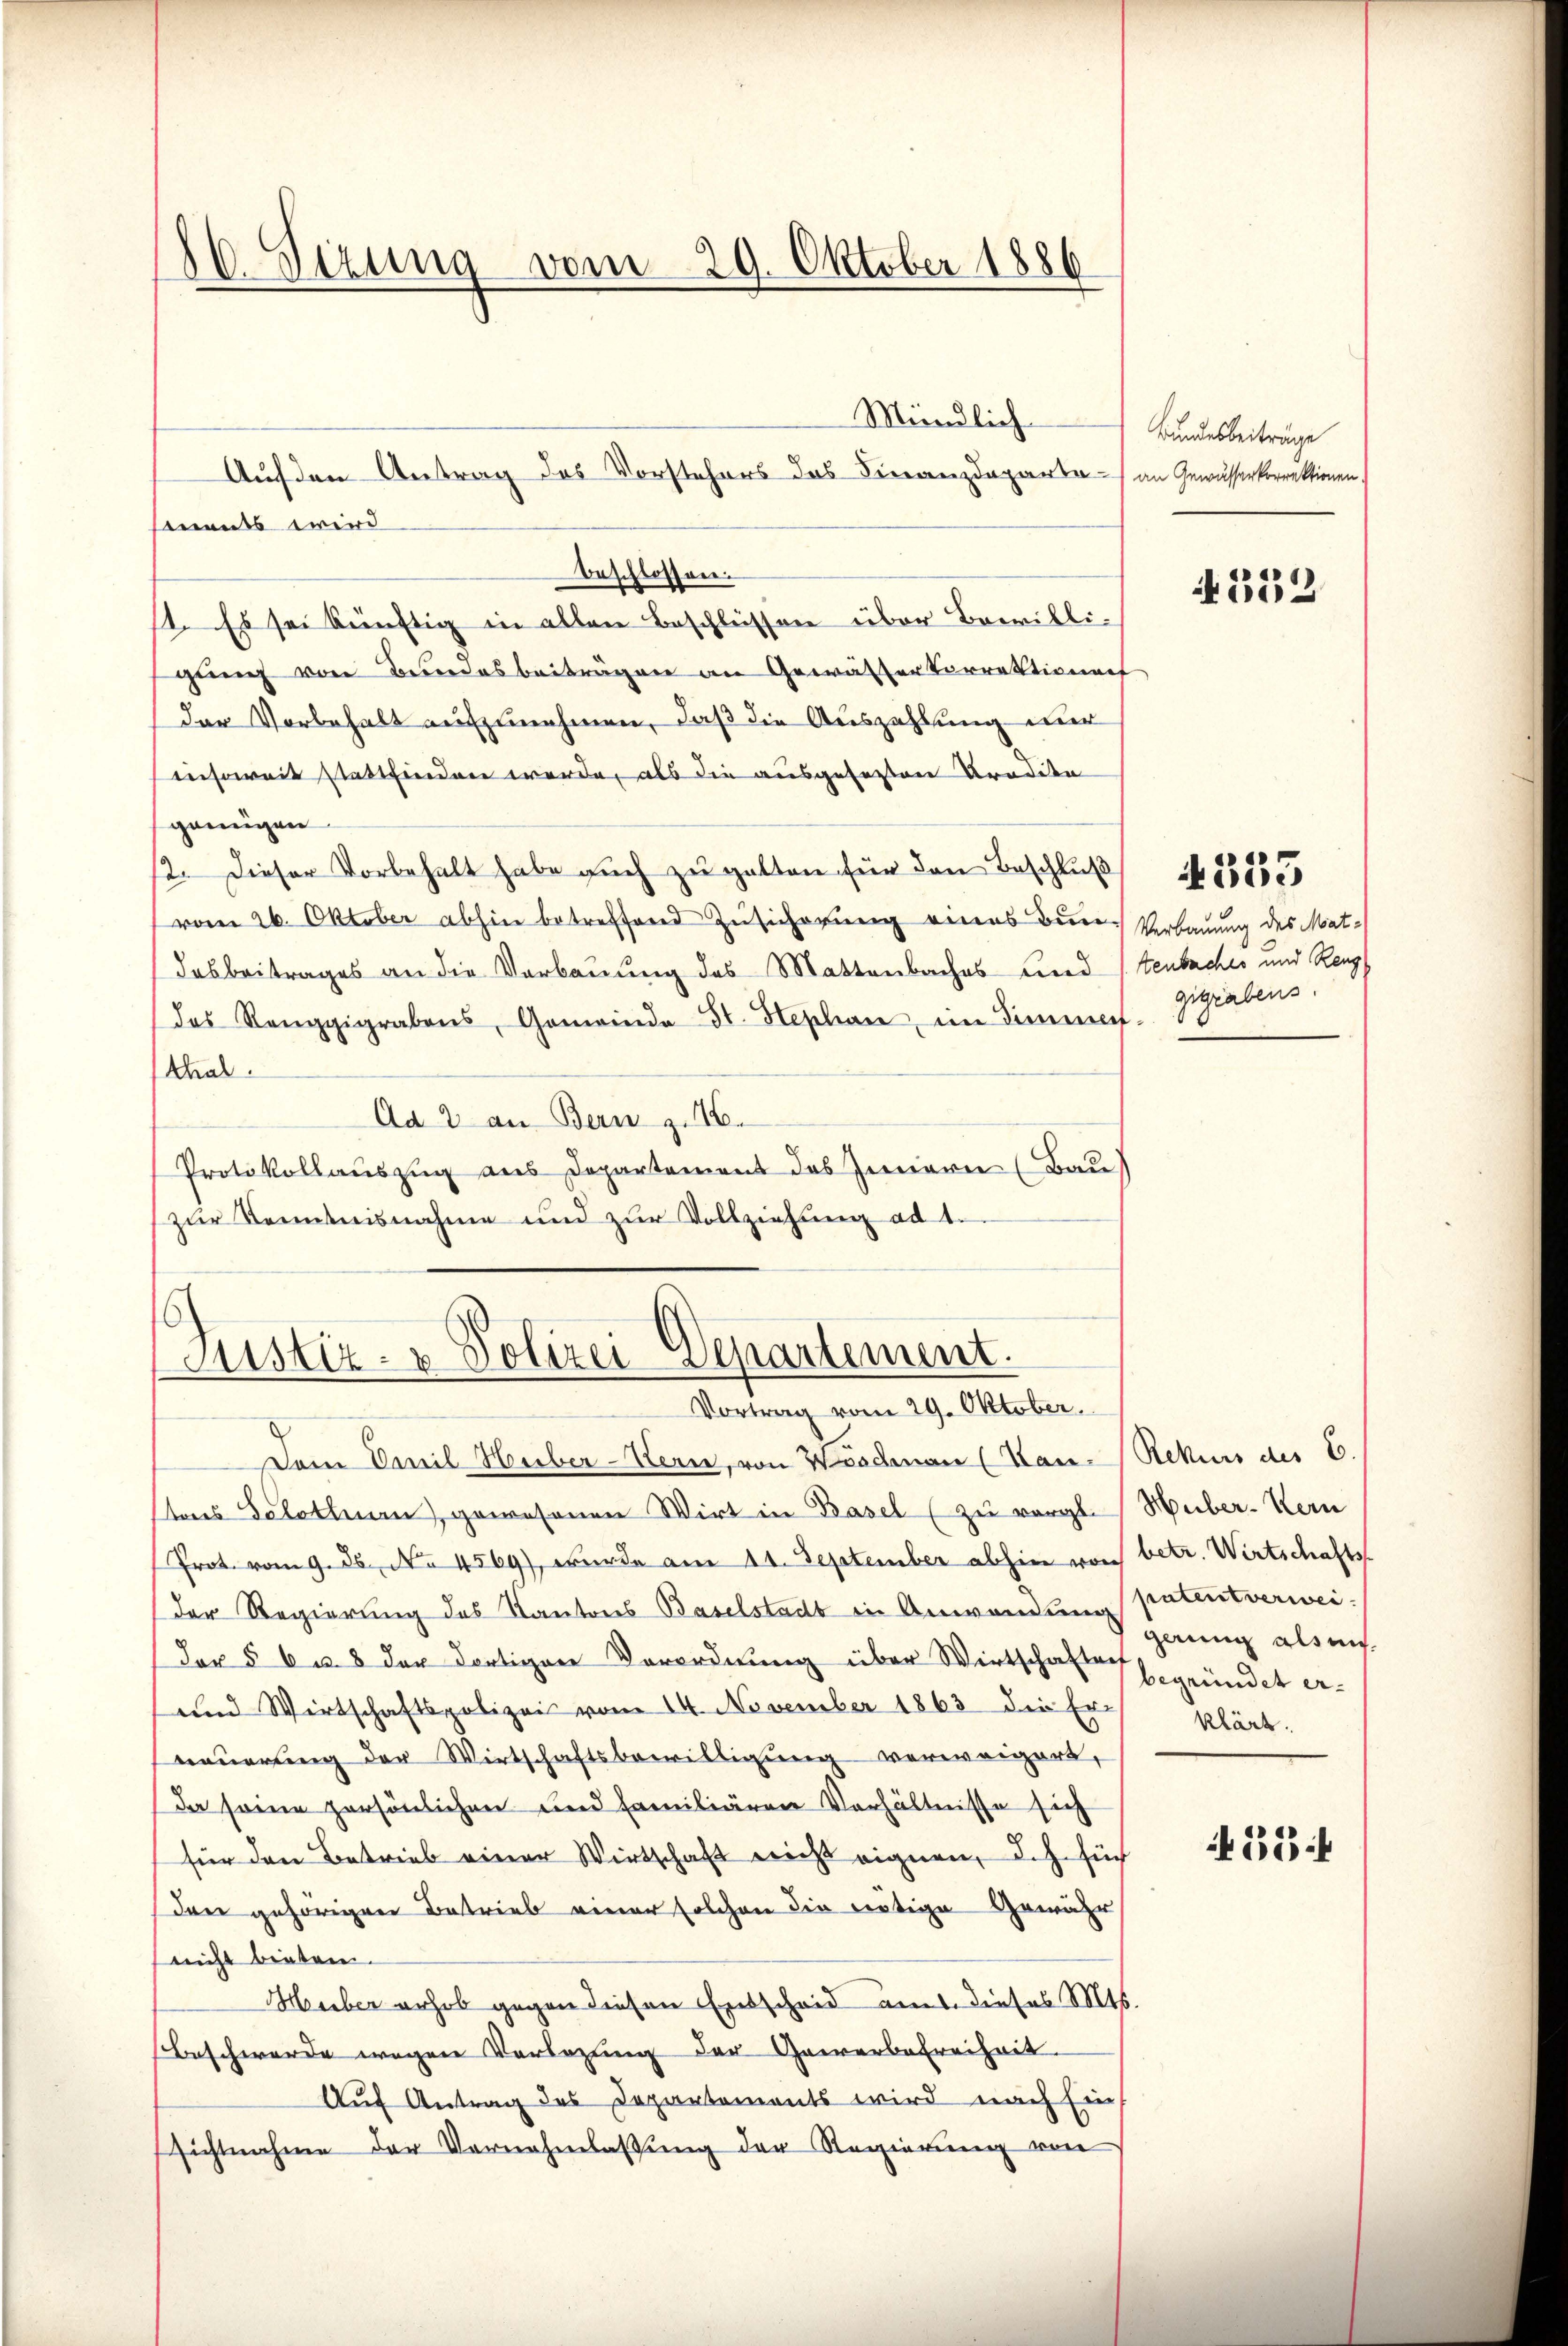
86. Sizung vom 29. Oktober 1886

Auf den Antrag des Vorstehers das Finanzdeparta an Gewässerkorrektionen
mnents wird
beschlossen.
11. Es sei künftig in allen Beschlüssen über Bewilli-
gung von Bundesbeiträgen an Gewässerkorrektionat
der Vorbehalt aufzunehmen, daß die Auszahlung nur
insoweit stattfinden werde, als die ausgefügten Brodden
genügen
12. Dieser Vorbehalt habe auch zu gelten für den Beschluß
vom 26. Oktober abhin betreffend Zusicherung eines Beur- Verbauung des Mat¬
Dasbeitrages an die Verbauung des Mattenbaches und (tenbaches und Reng
das Renggigrabens, Gemeinde St. Hephan, im Simmes-
thal.
Ad 2 an Bern z. 16.
Protokollauszug aus Departement des Innern (Bau)
zŭr Kenntnisnahme und zŭr Vollziehung ad 1.

Mündlich

Justiz- & Polizei-Departement.

Vortrag vom 29. Oktober.
Dem Emil Huber-Wern, von Widmen (Kan- Rekurs des C.
tons Solothurn, gewesenen Wirt in Basel (zu vergl. Huber. Kern
Prot. vom 9. 26. No. 4569), wurde am 11. September abhin von betr. Wirtschafts-
Der Regierung des Kantons Baselstadt in Anwendung genug als eis
Der § 6 u. 8 der dortigen Verordnung über Wirtschaftsgründet er¬
und Wirtschaftspolizei vom 24. November 1863 die Er-
nauerung der Wirtschaftsbewilligung verweigert,
da seine persönlichen und Familiären Verhältnisse sich
für den Betrieb einer Wirtschaft nicht eignen, d.h. such
Den gehörigere Betrieb einer solchen die nötige Gewähr
reicht bieten.
Hueber erhob gegen diesen Entscheid aus dieses Mts.
beschwerde wegen Vorlegung der Gewerbefreiheit.
Auf Antrag des Departements wird nach Einsichtnahme der Vernehmlassung der Regierung von

Bundesbeiträge

252

gigrabens.

4333

patent verwei
klärt.

52